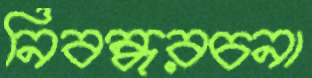
নিবন্ধরচনা